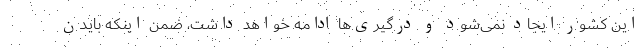
این کشور ایجاد نمی‌شود و درگیری‌ها ادامه خواهد داشت، ضمن اینکه بایدن